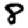
Digit: 8